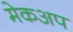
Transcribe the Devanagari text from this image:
मेकअप